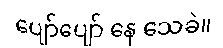
ပျော်ပျော် နေ သေခဲ။